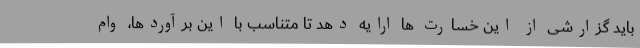
باید گزارشی از این خسارت ها ارایه دهد تا متناسب با این برآوردها، وام